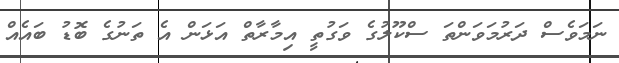
ނަމަވެސް ދަރުމަވަންތަ ސްކޫލުގެ ވަގުތީ އިމާރާތް އަޅަން އެ ތަނުގެ ބޮޑު ބައެއް